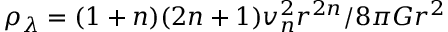
\rho _ { \lambda } = ( 1 + n ) ( 2 n + 1 ) v _ { n } ^ { 2 } r ^ { 2 n } / 8 \pi G r ^ { 2 }